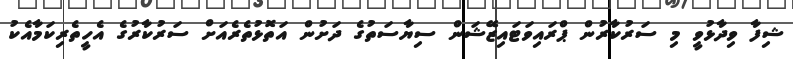
ޝިފާ ވިދާޅުވީ މި ސަރުކާރުން ޕްރައިވަޓައިޒޭޝަން ސިޔާސަތުގެ ދަށުން އަތޮޅުތެރެއަށް ސަރުކާރުގެ އެހީތެރިކަމާއެކު